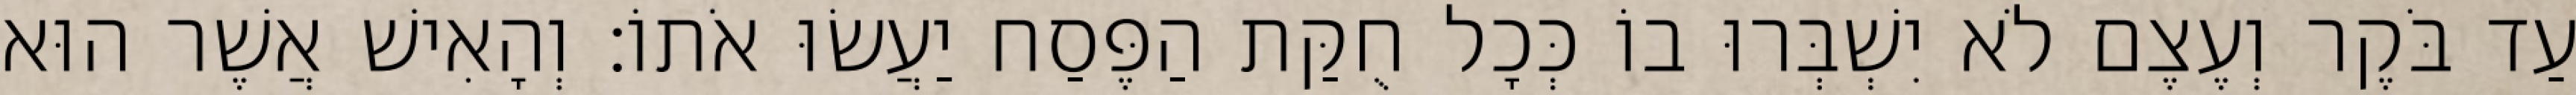
עַד בֹּקֶר וְעֶצֶם לֹא יִשְׁבְּרוּ בוֹ כְּכָל חֻקַּת הַפֶּסַח יַעֲשׂוּ אֹתוֹ׃ וְהָאִישׁ אֲשֶׁר הוּא